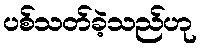
ပစ်သတ်ခဲ့သည်ဟု